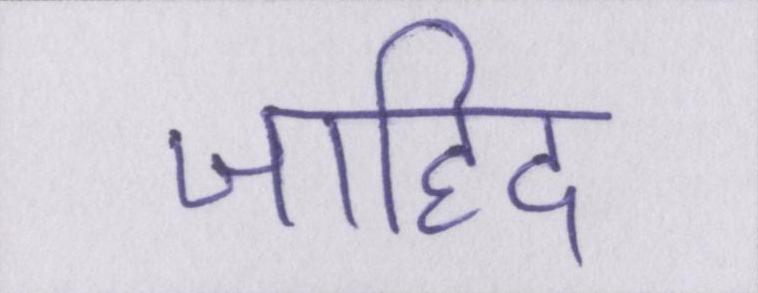
जाहिद